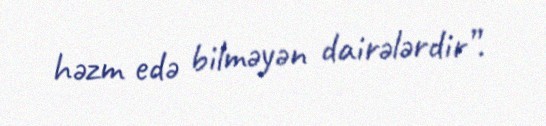
həzm edə bilməyən dairələrdir”.